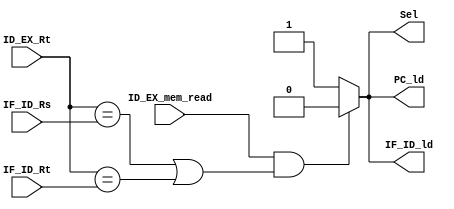
`timescale 1ns/1ns
module HZD_Detection_Unit(ID_EX_mem_read, ID_EX_Rt, IF_ID_Rs, IF_ID_Rt, Sel, IF_ID_ld, PC_ld);
    input ID_EX_mem_read;
    input [4:0] ID_EX_Rt, IF_ID_Rs, IF_ID_Rt;
    output reg Sel, IF_ID_ld, PC_ld;
    always @(ID_EX_mem_read, ID_EX_Rt, IF_ID_Rs, IF_ID_Rt)
    begin
        Sel <= 1'b1;
        IF_ID_ld <= 1'b1;
        PC_ld <= 1'b1;

        if (ID_EX_mem_read && ((ID_EX_Rt == IF_ID_Rs) || (ID_EX_Rt == IF_ID_Rt)) ) begin
            Sel <= 1'b0;
            IF_ID_ld <= 1'b0; 
            PC_ld <= 1'b0;
        end
    end
endmodule